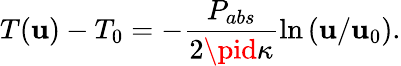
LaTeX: T(\mathbf{u})-T_{0}=-\frac{{P_{abs}}}{{2\pid\kappa}}\ln{(\mathbf{u}/\mathbf{u}_{0})}.